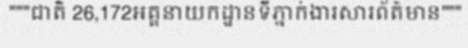
"""ជាតិ 26,172អគ្គនាយកដ្ឋានទីភ្នាក់ងារសារព័ត៌មាន"""